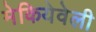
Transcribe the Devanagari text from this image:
मेकियेवेली